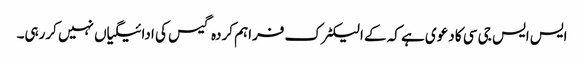
ایس ایس جی سی کا دعوی ہے کہ کے الیکٹرک فراہم کردہ گیس کی ادائیگیاں نہیں کررہی۔